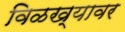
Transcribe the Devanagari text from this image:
विळख्यावर